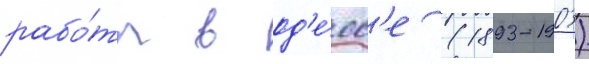
рабо́ты в од'е́сс'е (1893-1903)